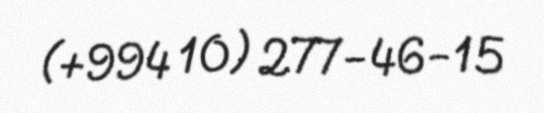
(+994 10) 277-46-15